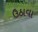
ઉઠાવા